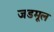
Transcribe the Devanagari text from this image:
जडमूल